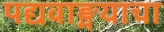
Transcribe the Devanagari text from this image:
पद्यवाङ्मयाचा